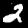
Digit: 2